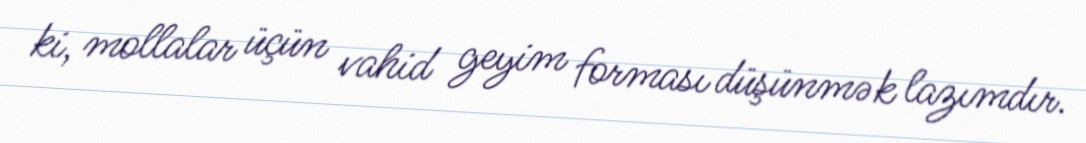
ki, mollalar üçün vahid geyim forması düşünmək lazımdır.